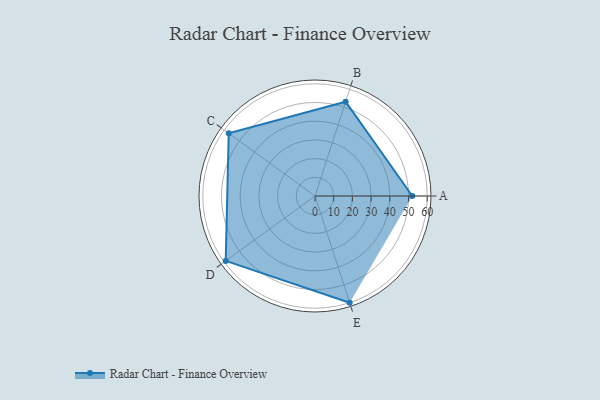
{"axis": {"x": "Skill", "y": "Score"}, "legend": ["Profile"], "data": [{"x": "A", "y": 52.0, "type": "Profile"}, {"x": "B", "y": 53.0, "type": "Profile"}, {"x": "C", "y": 57.0, "type": "Profile"}, {"x": "D", "y": 59.0, "type": "Profile"}, {"x": "E", "y": 60.0, "type": "Profile"}]}